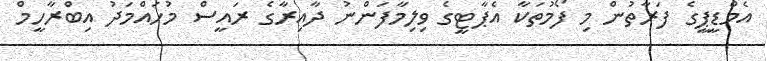
އެމްޑީޕީގެ ފަރާތުން މި ފޯމުތަކާ އެޕާޓީގެ ވިލިމާފަންނު ދާއިރާގެ ރައީސް މުހައްމަދު އިބްރާހީމް